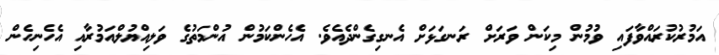
އަމުރުކުރައްވާފައި ވުމުން މިކަން ވަރަށް ރަނގަޅަށް އެނގިގެންދެއެވެ. އެހެންކަމުން އުންމަތުގެ ވަލިއްޔުލްއަމުރާއި އެހެނިހެން